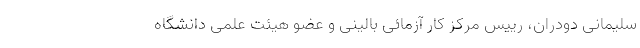
سلیمانی دودران، رییس مرکز کار آزمائی بالینی و عضو هیئت علمی دانشگاه